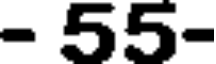
- 55-